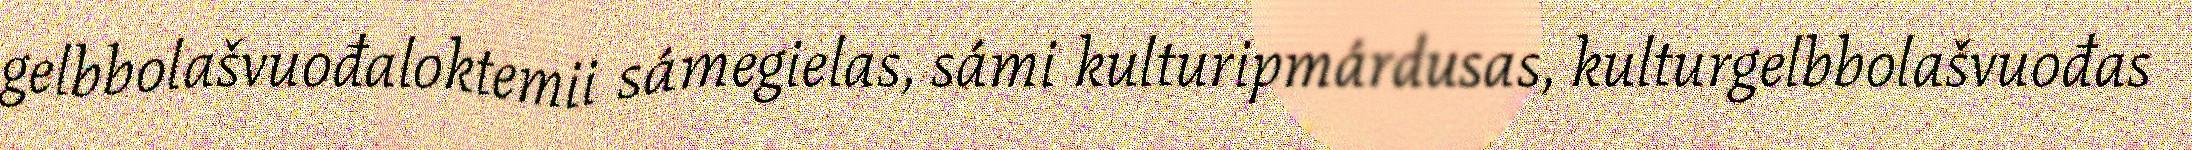
gelbbolašvuođaloktemii sámegielas, sámi kulturipmárdusas, kulturgelbbolašvuođas